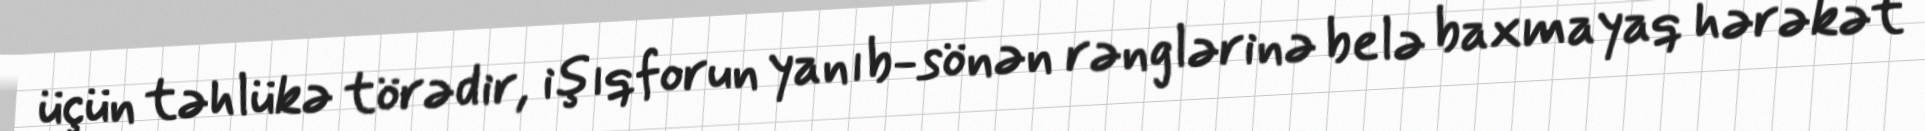
üçün təhlükə törədir, işıqforun yanıb-sönən rənglərinə belə baxmayaq hərəkət